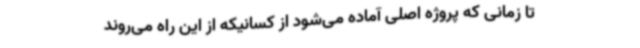
تا زمانی که پروژه اصلی آماده می‌شود از کسانیکه از این راه می‌روند